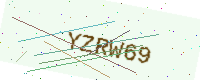
Text: YZRW69